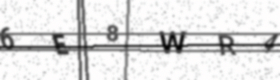
Text: 6E8WR4